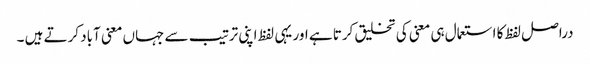
دراصل لفظ کا استعمال ہی معنی کی تخلیق کرتا ہے اور یہی لفظ اپنی ترتیب سے جہاں معنی آباد کرتے ہیں ۔